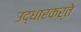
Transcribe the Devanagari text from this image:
उद्धारकर्ते